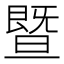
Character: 暨